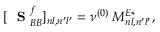
[ \mathrm { ~ \bf ~ S ~ } _ { B B } ^ { f } ] _ { n l , n ^ { \prime } l ^ { \prime } } = \nu ^ { ( 0 ) } \; M _ { n l , n ^ { \prime } l ^ { \prime } } ^ { E * } ,